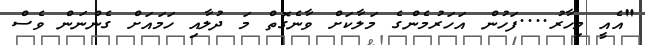
"އެއީ މިހާރު....ފަހުން އަހަރުމެންގެ މަލާކަށް ވާނެގޮތް މަ ދުލާއި ހަމައަށް ގެންނަން ވެސް